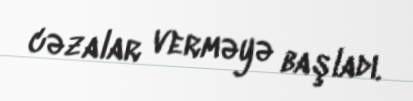
cəzalar verməyə başladı.